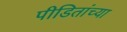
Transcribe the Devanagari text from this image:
पीडितांच्या